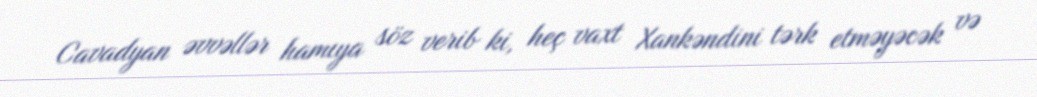
Cavadyan əvvəllər hamıya söz verib ki, heç vaxt Xankəndini tərk etməyəcək və